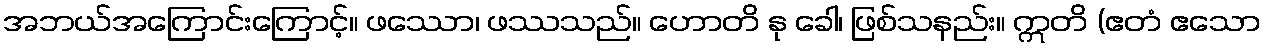
အဘယ်အကြောင်းကြောင့်။ ဖဿော၊ ဖဿသည်။ ဟောတိ နု ခေါ၊ ဖြစ်သနည်း။ ဣတိ (ဧတံ ဧသော